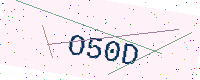
Text: O50D